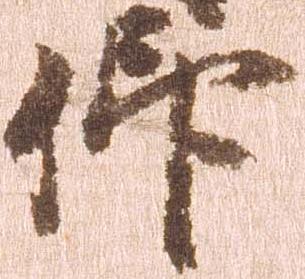
仰